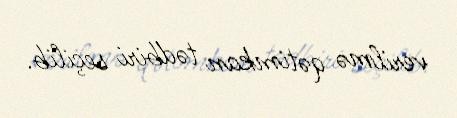
verilmə qətimkan tədbiri seçilib.